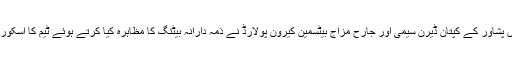
اس مشکل وقت میں پشاور کے کپتان ڈیرن سیمی اور جارح مزاج بیٹسمین کیرون پولارڈ نے ذمہ دارانہ بیٹنگ کا مظاہرہ کیا کرتے ہوئے ٹیم کا اسکور 173 تک پہنچایا۔